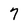
Character: 7